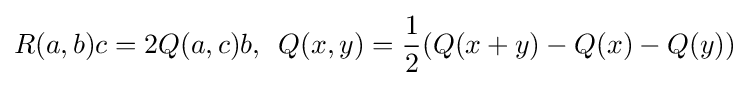
R(a,b)c=2Q(a,c)b,\,\,\,Q(x,y)={\frac {1}{2}}(Q(x+y)-Q(x)-Q(y))